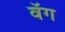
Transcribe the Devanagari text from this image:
वॅग